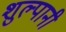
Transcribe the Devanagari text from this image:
शुल्पानी